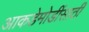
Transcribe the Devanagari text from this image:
आकडेमोडींसाठी